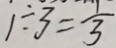
1 \div 3 = \frac { 1 } { 3 }